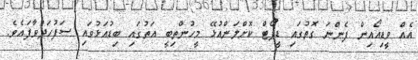
އެއް ވީޑިއޯއިން ފެންނަ ގޮތުގައި ޑީޕޯޓް ކޮށްލަންއުޅޭ މީހުންތިބީ އަތުގައި ބިޑުއަޅުވައި ސަފުހަދުވާފައެވެ.